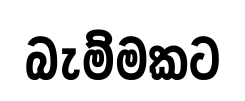
බැම්මකට